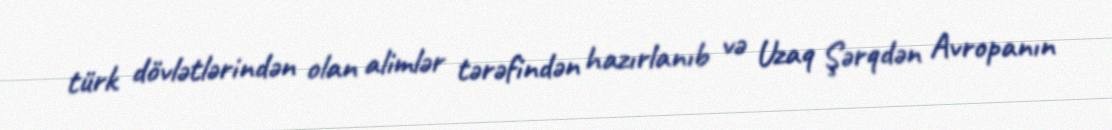
türk dövlətlərindən olan alimlər tərəfindən hazırlanıb və Uzaq Şərqdən Avropanın